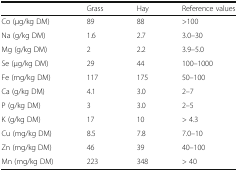
<table><thead><tr><td></td><td><b>Grass</b></td><td><b>Hay</b></td><td><b>Reference values</b></td></tr></thead><tbody><tr><td>Co (μg/kg DM)</td><td>89</td><td>88</td><td>&gt;100</td></tr><tr><td>Na (g/kg DM)</td><td>1.6</td><td>2.7</td><td>3.0–30</td></tr><tr><td>Mg (g/kg DM)</td><td>2</td><td>2.2</td><td>3.9–5.0</td></tr><tr><td>Se (μg/kg DM)</td><td>29</td><td>44</td><td>100–1000</td></tr><tr><td>Fe (mg/kg DM)</td><td>117</td><td>175</td><td>50–100</td></tr><tr><td>Ca (g/kg DM)</td><td>4.1</td><td>3.0</td><td>2–7</td></tr><tr><td>P (g/kg DM)</td><td>3</td><td>3.0</td><td>2–5</td></tr><tr><td>K (g/kg DM)</td><td>17</td><td>10</td><td>&gt; 4.3</td></tr><tr><td>Cu (mg/kg DM)</td><td>8.5</td><td>7.8</td><td>7.0–10</td></tr><tr><td>Zn (mg/kg DM)</td><td>46</td><td>39</td><td>40–100</td></tr><tr><td>Mn (mg/kg DM)</td><td>223</td><td>348</td><td>&gt; 40</td></tr></tbody></table>